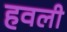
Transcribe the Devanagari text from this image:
हवली